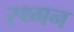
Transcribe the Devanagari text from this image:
स्थ्गन